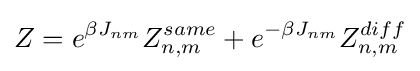
Z=e^{\beta J_{nm}}Z_{n,m}^{same}+e^{-\beta J_{nm}}Z_{n,m}^{diff}